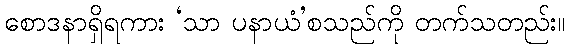
စောဒနာရှိရကား ‘သာ ပနာယံ’စသည်ကို တက်သတည်း။